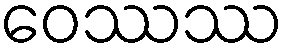
ဝေဿဿ